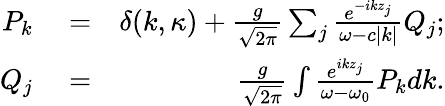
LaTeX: \begin{array}{rlr}{{P_{k}}}&{{}=}&{\delta({k,{\kappa}})+\frac{g}{{\sqrt{2\pi}}}\sum_{j}^{}{\frac{{{e^{-ik{z_{j}}}}}}{{\omega-c|k|}}{Q_{j}}};}\\ {{Q_{j}}}&{{}=}&{\frac{g}{{\sqrt{2\pi}}}\int{\frac{{{e^{ik{z_{j}}}}}}{{\omega-{\omega_{0}}}}{P_{k}}dk}.}\end{array}